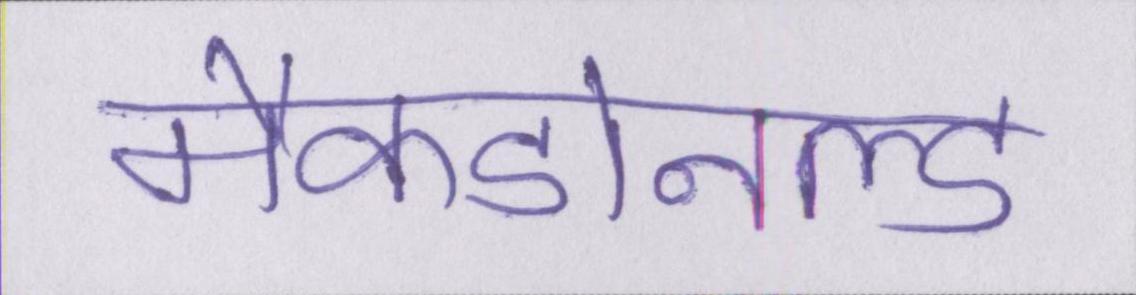
मैकडोनल्ड